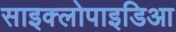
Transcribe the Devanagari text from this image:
साइक्लोपाइडिआ